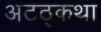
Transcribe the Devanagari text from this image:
अटठ्कथा